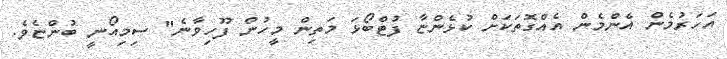
އަހަރުމެން އެންމެން އެއްގޮތަކަށް ކުޅެންޏާ ފުޓްބޯޅަ މަތިން މީހުން ފޫހިވާނެ" ސިމިއޯނީ ބުންޏެވެ.